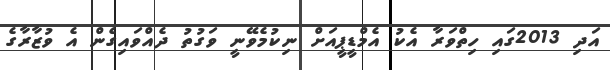
އަދި 2013ގައި ހިތްވަރާ އެކު އެމްޑީޕީއަށް ނިކުމެވޭނީ ވަގުތު ދެއްވައިގެން އެ ވުޒާރާގެ